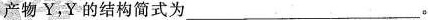
产物Y，Y的结构简式为 ___。